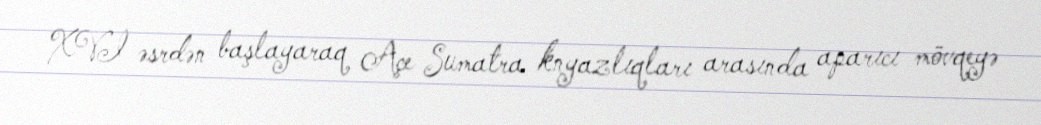
XVI əsrdən başlayaraq Açe Sumatra knyazlıqları arasında aparıcı mövqeyə